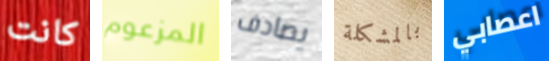
كانت المزعوم يصادف بالمشكلة اعصابي